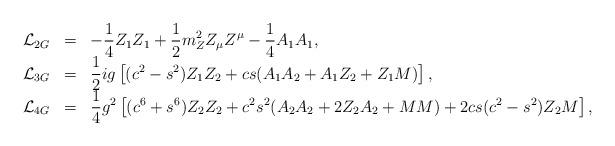
LaTeX: \begin{align*}\begin{array}{rcl}{\cal L}_{2G}&=&\displaystyle-\frac{1}{4}Z_1Z_1+\frac{1}{2}m_Z^2Z_{\mu}Z^{\mu}-\frac{1}{4}A_1A_1, \\{\cal L}_{3G}&=&\displaystyle\frac{1}{2}ig\left[(c^2-s^2)Z_1Z_2+cs(A_1A_2+A_1Z_2+Z_1M)\right],\\{\cal L}_{4G}&=&\displaystyle\frac{1}{4}g^2\left[(c^6+s^6)Z_2Z_2+c^2s^2(A_2A_2+2Z_2A_2+MM)+2cs(c^2-s^2)Z_2M\right],\end{array}\end{align*}